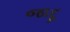
જાદૂ